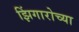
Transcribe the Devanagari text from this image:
झिंगारोच्या